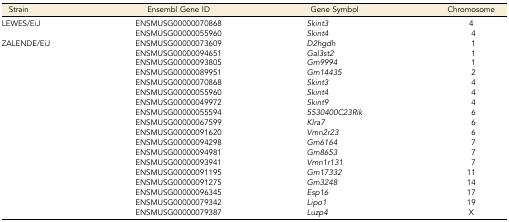
<table><thead><tr><td><b>Strain</b></td><td><b>Ensembl Gene ID</b></td><td><b>Gene Symbol</b></td><td><b>Chromosome</b></td></tr></thead><tbody><tr><td>LEWES/EiJ</td><td>ENSMUSG00000070868</td><td><i>Skint3</i></td><td>4</td></tr><tr><td></td><td>ENSMUSG00000055960</td><td><i>Skint4</i></td><td>4</td></tr><tr><td>ZALENDE/EiJ</td><td>ENSMUSG00000073609</td><td><i>D2hgdh</i></td><td>1</td></tr><tr><td></td><td>ENSMUSG00000094651</td><td><i>Gal3st2</i></td><td>1</td></tr><tr><td></td><td>ENSMUSG00000093805</td><td><i>Gm9994</i></td><td>1</td></tr><tr><td></td><td>ENSMUSG00000089951</td><td><i>Gm14435</i></td><td>2</td></tr><tr><td></td><td>ENSMUSG00000070868</td><td><i>Skint3</i></td><td>4</td></tr><tr><td></td><td>ENSMUSG00000055960</td><td><i>Skint4</i></td><td>4</td></tr><tr><td></td><td>ENSMUSG00000049972</td><td><i>Skint9</i></td><td>4</td></tr><tr><td></td><td>ENSMUSG00000055594</td><td><i>5530400C23Rik</i></td><td>6</td></tr><tr><td></td><td>ENSMUSG00000067599</td><td><i>Klra7</i></td><td>6</td></tr><tr><td></td><td>ENSMUSG00000091620</td><td><i>Vmn2r23</i></td><td>6</td></tr><tr><td></td><td>ENSMUSG00000094298</td><td><i>Gm6164</i></td><td>7</td></tr><tr><td></td><td>ENSMUSG00000094981</td><td><i>Gm8653</i></td><td>7</td></tr><tr><td></td><td>ENSMUSG00000093941</td><td><i>Vmn1r131</i></td><td>7</td></tr><tr><td></td><td>ENSMUSG00000091195</td><td><i>Gm17332</i></td><td>11</td></tr><tr><td></td><td>ENSMUSG00000091275</td><td><i>Gm3248</i></td><td>14</td></tr><tr><td></td><td>ENSMUSG00000096345</td><td><i>Esp16</i></td><td>17</td></tr><tr><td></td><td>ENSMUSG00000079342</td><td><i>Lipo1</i></td><td>19</td></tr><tr><td></td><td>ENSMUSG00000079387</td><td><i>Luzp4</i></td><td>X</td></tr></tbody></table>